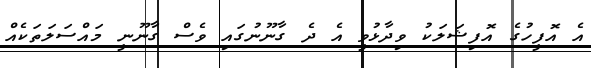
އެ އޮފީހުގެ އޮފިޝަލަކު ވިދާޅުވީ އެ ދެ ގާނޫނުގައި ވެސް ގާނޫނީ މައްސަލަތަކެއް